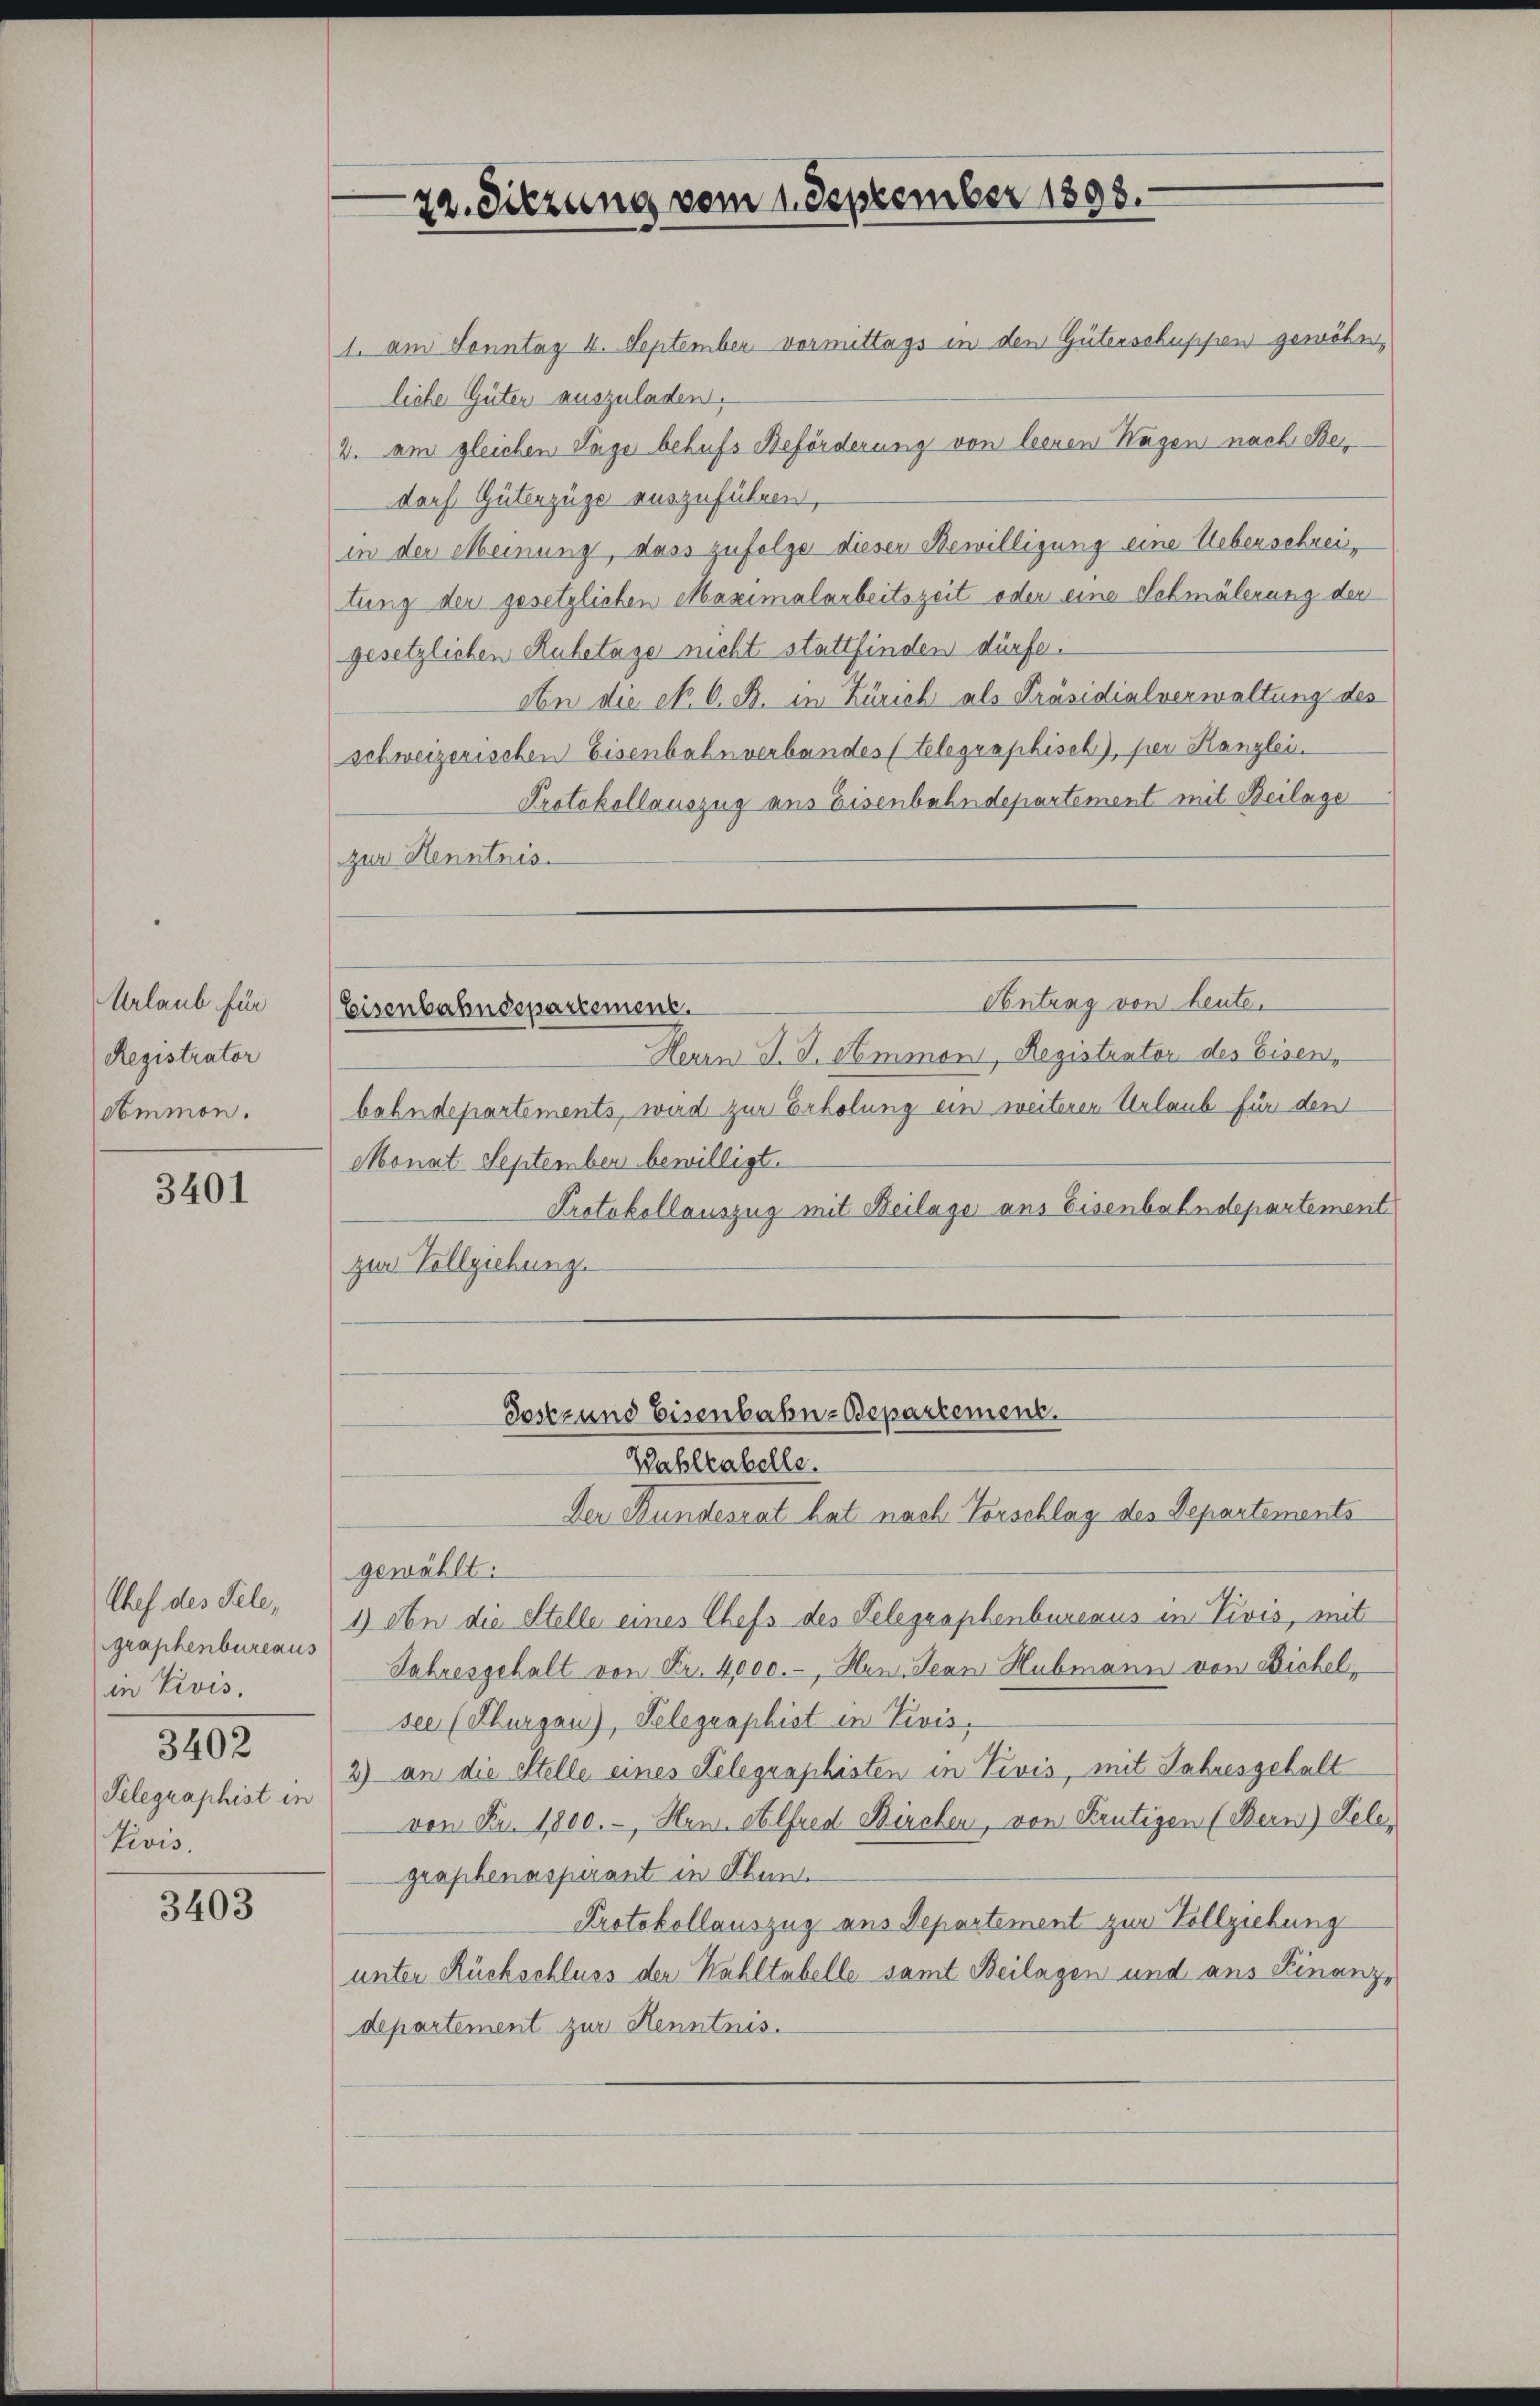
Urlaub für
Registrator
Ommon.

3401

Chef des Tele,
graphenbureaus
in Vivis,
3402
Telegraphist in
Divis,

3403

1. am Sonntag 4. September vormittags in den Güterschuppen gewöhnliche Güter auszuladen.
4. am gleichen Tage behufs Beförderung von leeren Hagen nach Ber
dorf Güterzüge auszuführen,
in der Meinung, dass zufolge dieser Bewilligung eine Ueberschreitung der gesetzlichen Maximalarbeitszeit oder eine Schmälerung der
gesetzlichen Ruhetage nicht stattfinden dürfe.
An die Nr. 6. B. in Zürich als Präsidialverwaltung des
schweizerischen Eisenbahnverbandes (telegraphisch), per Kanzlei.
Protokollauszug aus Eisenbahndepartement mit Beilage
zur Henntnis.
Antrag von heute.
Eisenbahndepartement.
Herrn J. J. Ammon, Registrator des Eisen,
bahndepartements, wird zur Erholung ein weiteren Urlaub für den
Monat September bewilligt.
Protokollauszug mit Beilage aus Eisenbahndepartement
zur Vollziehunge

22. Sitzung vom 1. September 1898.

Sostz und Eisenbahn-Bepartement.
Wahlkabelle.

Der Bundesrat hat nach Vorschlag des Departements
gewählt:
1) An die Stelle eines Chefs des Telegraphenbureaus in Divis, mit
Jahresgehalt von Fr. 4000.-, Hrn. Jean Hubmann von Bichel,
see (Thurgau), Telegraphist in Zivis,
2) an die Stelle eines Kelegraphisten in Pivis, mit Jahresgehalt
von Fr. 1800.-, Hrn. Alfred Birchen, von Frutigen (Bern) Telegraphenaspirant in Flun
Protokollauszug aus Departement zur Vollziehung
unter Rückschluss der Wahltabelle samt Beilagen und ans Finanz,
departement zur Kenntnis.